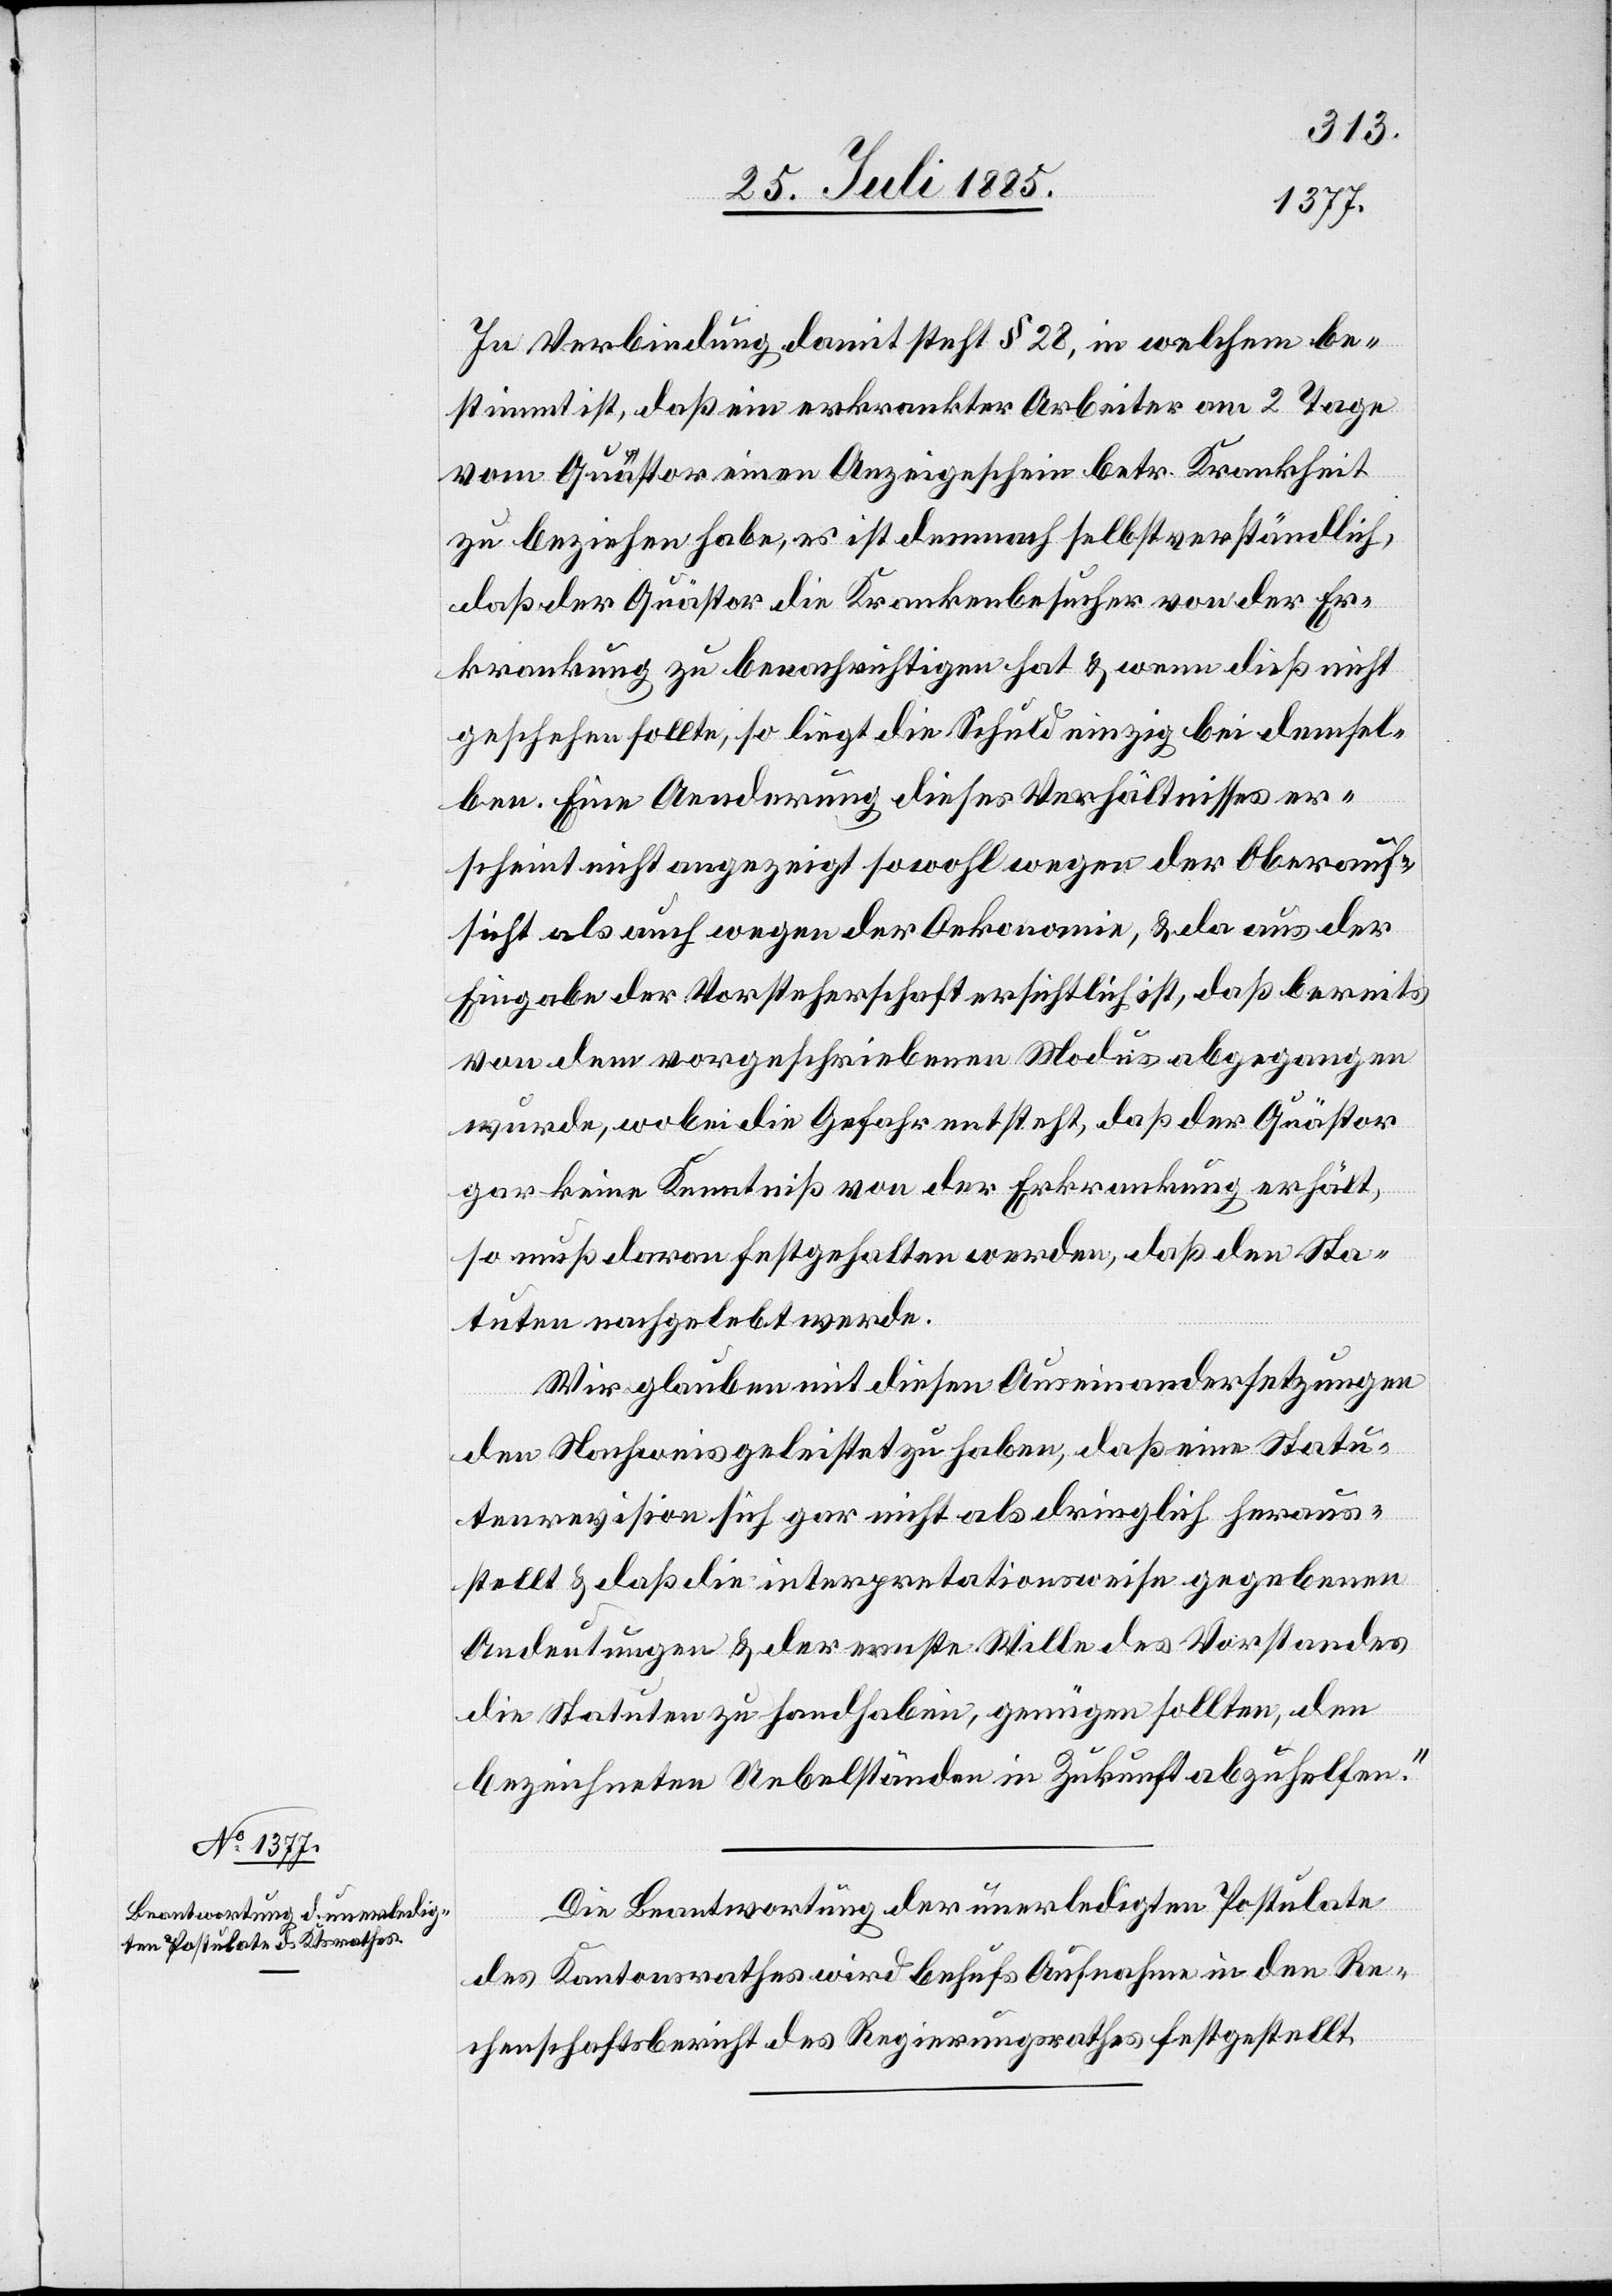
In Verbindung damit steht § 28, in welchem be¬
stimmt ist, daß ein erkrankter Arbeiter am 2. Tage
vom Quästor einen Anzeigeschein betr. Krankheit
zu beziehen habe, es ist demnach selbstverständlich,
daß der Quästor die Krankenbesucher von der Er¬
krankung zu benachrichtigen hat & wenn dieß nicht
geschehen sollte, so liegt die Schuld einzig bei demsel¬
ben. Eine Aenderung dieses Verhältnisses er¬
scheint nicht angezeigt sowohl wegen der Oberauf¬
sicht als auch wegen der Oekonomie, & da aus der
Eingabe der Vorsteherschaft ersichtlich ist, daß bereits
von dem vorgeschriebenen Modus abgegangen
wurde, wobei die Gefahr entsteht, daß der Quästor
gar keine Kenntniß von der Erkrankung erhält,
so muß daran festgehalten werden, daß den Sta¬
tuten nachgelegt werde.
Wir glauben mit diesen Auseinandersetzungen
den Nachweis geleistet zu haben, daß eine Statu¬
tenrevision sich gar nicht als dringlich heraus¬
stellt & daß die interpretationsweise gegebenen
Andeutungen & der ernste Wille des Vorstandes
die Statuten zu handhaben, genügen sollten, den
bezeichneten Uebelständen in Zukunft abzuhelfen.“
Die Beantwortung der unerledigten Postulate
des Kantonsrathes wird behufs Aufnahme in den Re¬
chenschaftsbericht des Regierungsrathes festgestellt.